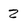
Character: 2